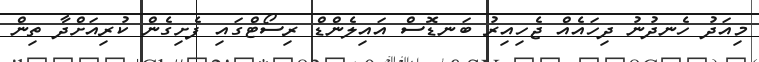
މިއަދު ހެނދުނު ދިހައެއް ޖެހިއިރު ބަނޑޮސް އައިލެންޑް ރިސޯޓްގައި ފެށިގެން ކުރިއަށްދާ ތިން